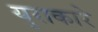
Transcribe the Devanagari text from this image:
युराकारे